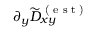
\partial _ { y } \widetilde { D } _ { x y } ^ { \textrm { ( e s t ) } }